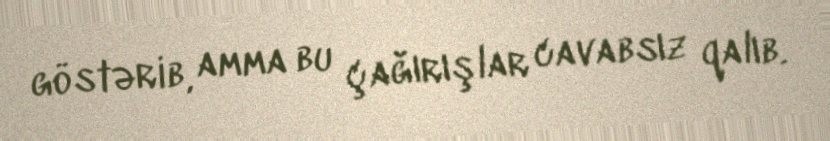
göstərib, amma bu çağırışlar cavabsız qalıb.